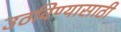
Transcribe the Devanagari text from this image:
उठविण्यासाठी